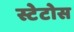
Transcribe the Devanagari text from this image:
स्टेटोस